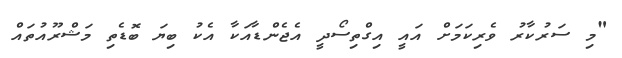
"މި ސަރުކާރު ވެރިކަމަށް އައީ އިގްތިސޯދީ އެޖެންޑާއަކާ އެކު ބިޔަ ބޮޑެތި މަޝްރޫއުތައް